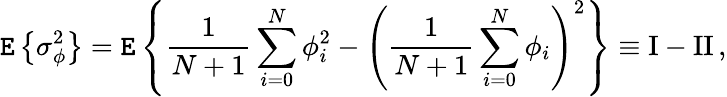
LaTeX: \mathtt{E}\left\{ \sigma_{\phi}^{2}\right\} =\mathtt{E}\left\{ {\frac{{1}}{{N+1}}}\sum_{i=0}^{N}\phi_{i}^{2}-\left({\frac{{1}}{{N+1}}}\sum_{i=0}^{N}\phi_{i}\right)^{2}\right\} \equiv\mathrm{{I}}-\mathrm{{II}}\, ,